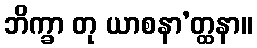
ဘိက္ခာ တု ယာစနာ’တ္ထနာ။